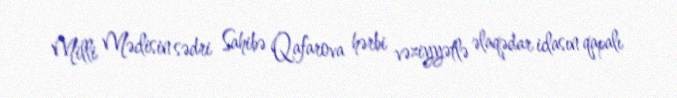
Milli Məclisin sədri Sahibə Qafarova hərbi vəziyyətlə əlaqədar iclasın qapalı